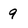
Character: 9